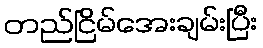
တည်ငြိမ်အေးချမ်းပြီး